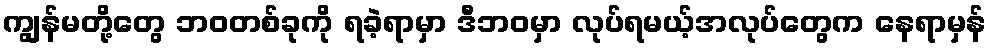
ကျွန်မတို့တွေ ဘဝတစ်ခုကို ရခဲ့ရာမှာ ဒီဘဝမှာ လုပ်ရမယ့်အလုပ်တွေက နေရာမှန်